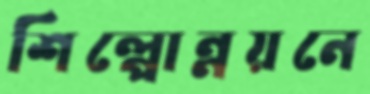
শিল্পোন্নয়নে